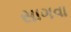
સાગવા